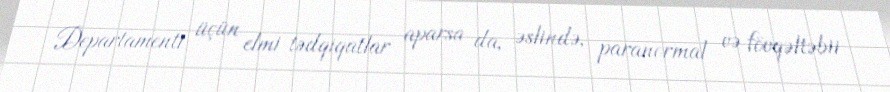
Departamenti üçün elmi tədqiqatlar aparsa da, əslində, paranormal və fövqəltəbii